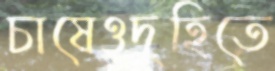
চাষেওদুহিতে